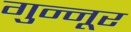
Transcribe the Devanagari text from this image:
गुन्नूर